Vaccination in the Punjab 1867-1880 - 1867-1880
Year: 1867
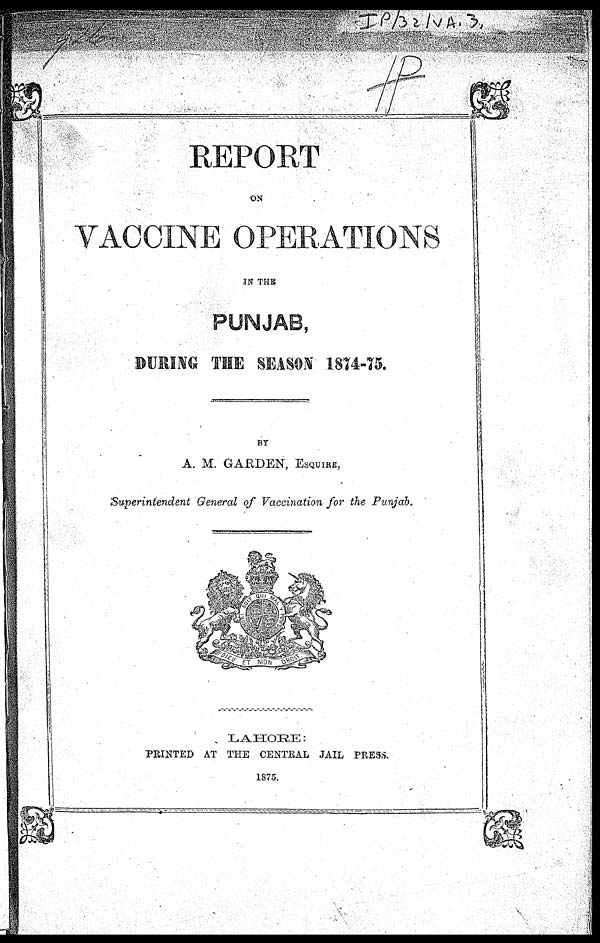
REPORT
ON
VACCINE OPERATIONS
IN THE
PUNJAB,
DURING THE SEASON 1874-75.
BY
A. M. GARDEN, ESQUIRE,
Superintendent General of Vaccination for the Punjab.
LAHORE:
PRINTED AT THE CENTRAL JAIL PRESS.
1875.